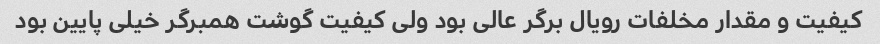
کیفیت و مقدار مخلفات رویال برگر عالی بود ولی کیفیت گوشت همبرگر خیلی پایین بود